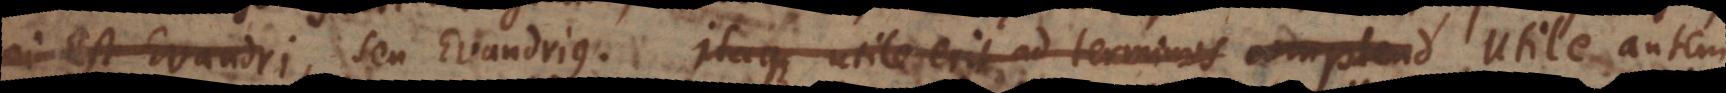
res Evandri, seu Evandrius. Itaque utile erit ad terminos complend Utile a